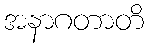
အနာဂတာတိ